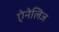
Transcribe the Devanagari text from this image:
ऐनेलिज